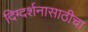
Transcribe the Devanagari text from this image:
दिग्दर्शनासाठीचा